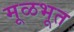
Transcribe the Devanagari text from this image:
मूळभूत